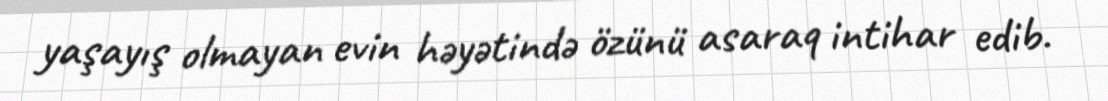
yaşayış olmayan evin həyətində özünü asaraq intihar edib.